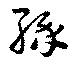
縁